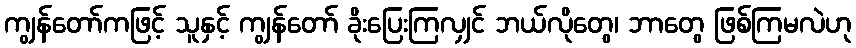
ကျွန်တော်ကဖြင့် သူနှင့် ကျွန်တော် ခိုးပြေးကြလျှင် ဘယ်လိုတွေ၊ ဘာတွေ ဖြစ်ကြမလဲဟု